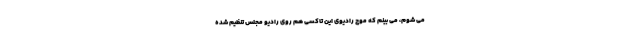
می شوم، می بینم که موج رادیوی این تاکسی هم روی رادیو مجلس تنظیم شده